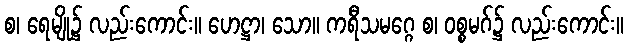
စ၊ ရေမျို၌ လည်းကောင်း။ ဟေဋ္ဌာ၊ သော။ ကရီသမဂ္ဂေ စ၊ ဝစ္စမဂ်၌ လည်းကောင်း။